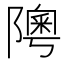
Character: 𨼟